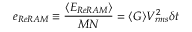
e _ { R e R A M } \equiv \frac { \langle E _ { R e R A M } \rangle } { M N } = \langle G \rangle V _ { r m s } ^ { 2 } \delta t